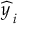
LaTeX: { \widehat { y \, } } _ { i }